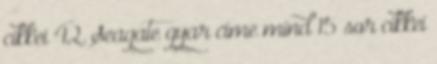
cikkei 42. Seagate gyar cime mind 15 sor cikkei